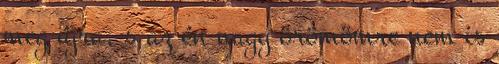
meg újra, s az én nagy örömömre nem is